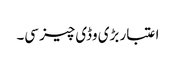
اعتبار بڑی وڈی چیز سی۔